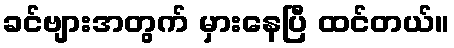
ခင်ဗျားအတွက် မှားနေပြီ ထင်တယ်။